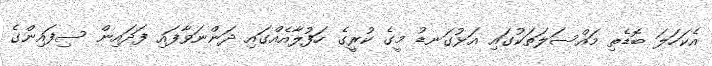
އެކަހަލަ ބޮޑެތި މައްސަލަތަކުގައި އަޅުގަނޑު މީގެ ކުރީގެ ހަފުލާއެއްގައި ދަންނަވާފައި ފަދައިން ސިފައިންގެ